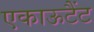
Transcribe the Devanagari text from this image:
एकाऊटैंट